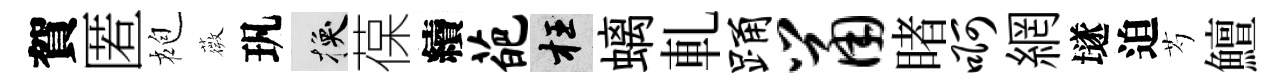
賀匿袍薇㺬换葆續葩枉螭軋踊鼠睹啊網𡑞迫芍鱣